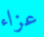
عزاء